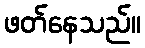
ဖတ်နေသည်။